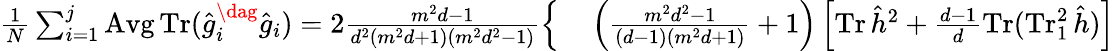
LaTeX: \begin{array}{rl}{\textstyle\frac{1}{N}\sum_{i=1}^{j}\operatorname{Avg}\operatorname{Tr}(\hat{g}_{i}^{\dag}\hat{g}_{i})=2\frac{m^{2}d-1}{d^{2}(m^{2}d+1)(m^{2}d^{2}-1)}\Big\{ }&{{}\textstyle\left(\frac{m^{2}d^{2}-1}{(d-1)(m^{2}d+1)}+1\right)\left[\operatorname{Tr}\hat{h}^{2}+\frac{d-1}{d}\operatorname{Tr}(\operatorname{Tr}_{1}^{2}\hat{h})\right]}\end{array}